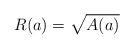
LaTeX: \begin{align*}R(a)=\sqrt{A(a)}\end{align*}